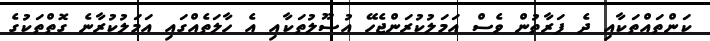
ކަންތައްތަކާއި ދެ ފަރާތުން ވެސް އަމަލުކުރަންޖެހޭ އުސޫލުތަކާއި އެ ހާލަތެއްގައި އަމަލުކުރާނެ ގޮތްތަކުގެ